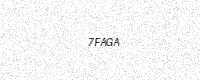
Text: 7FAGA